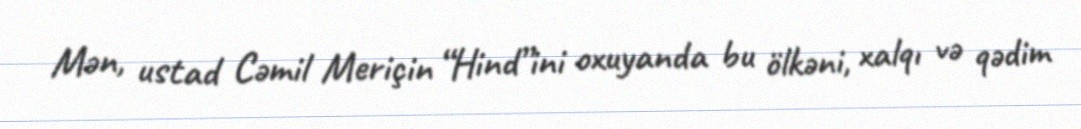
Mən, ustad Cəmil Meriçin “Hind”ini oxuyanda bu ölkəni, xalqı və qədim